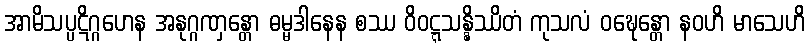
အာမိသပ္ပဋိဂ္ဂဟေန အနုဂ္ဂဏှန္တော ဓမ္မဒါနေန စဿ ဝိဝဋ္ဋသန္နိဿိတံ ကုသလံ ဝဍ္ဎေန္တော နဝဟိ မာသေဟိ